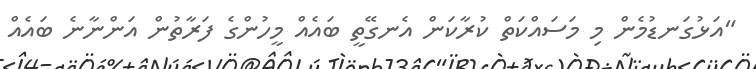
"އަޅުގަނޑުމެން މި މަސައްކަތް ކުރާކަން އެނގޭތީ ބައެއް މީހުންގެ ފަރާތުން އަންނާނެ ބައެއް